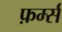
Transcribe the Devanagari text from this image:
फ़र्म्स